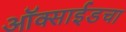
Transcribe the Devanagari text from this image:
ऑक्साईडचा